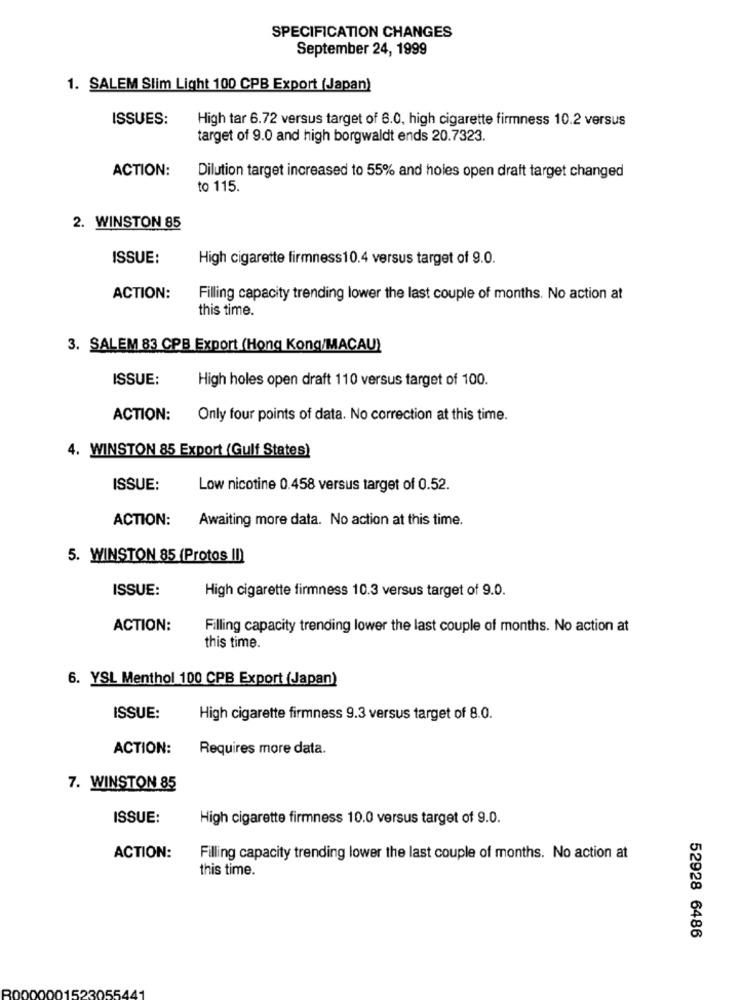
SPECIFICATION CHANGES
September 24, 1999
1. SALEM Slim Light 100 CPB Export (Japan)
ISSUES:
High tar 6.72 versus target of 6.0, high cigarette firmness 10.2 versus
target of 9.0 and high borgwaldt ends 20.7323.
ACTION:
Dilution target increased to 55% and holes open draft target changed
to 115.
2. WINSTON 85
ISSUE:
High cigarette firmness10.4 versus target of 9.0.
ACTION:
Filling capacity trending lower the last couple of months. No action at
this time.
3. SALEM 83 CPB Export (Hong Kong/MACAU)
ISSUE:
High holes open draft 110 versus target of 100.
ACTION:
Only four points of data. No correction at this time.
4. WINSTON 85 Export (Gulf States)
ISSUE:
Low nicotine 0.458 versus target of 0.52.
ACTION:
Awaiting more data. No action at this time.
5. WINSTON 85 (Protos II)
ISSUE:
High cigarette firmness 10.3 versus target of 9.0.
ACTION:
Filling capacity trending lower the last couple of months. No action at
this time.
6. YSL Menthol 100 CPB Export (Japan)
ISSUE:
High cigarette firmness 9.3 versus target of 8.0.
ACTION:
Requires more data.
7. WINSTON 85
ISSUE:
High cigarette firmness 10.0 versus target of 9.0.
ACTION:
Filling capacity trending lower the last couple of months. No action at
this time.
52928 6486